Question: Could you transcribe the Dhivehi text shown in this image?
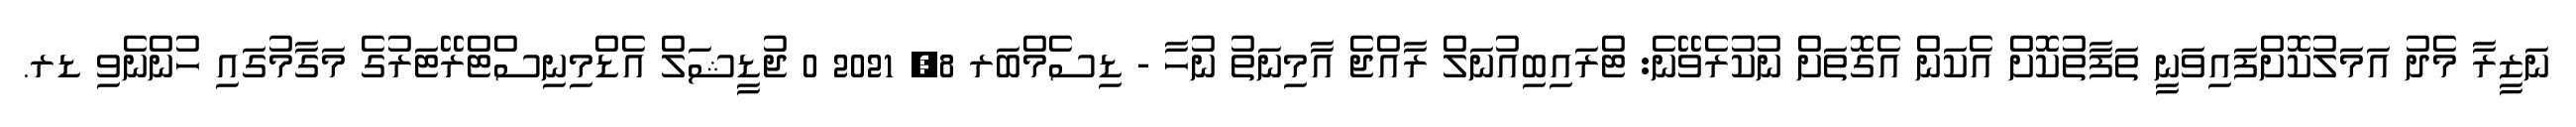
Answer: ނަޒީރާ މެދު އަމަލުކޮށްފައިވަނީ ތަފާތުކޮށް އެކަން އެގޮތަށް ނުކުރެވޭނެ: ޓްރައިބިއުނަލް ރާއްޖެ އާމިނަތު ނުހާ - ޑިސެމްބަރ 8, 2021 0 ޖުޑީޝަލް އެޑްމިނިސްޓްރޭޓަރުގެ މަގާމުގައި ހުންނެވި ޑރ.